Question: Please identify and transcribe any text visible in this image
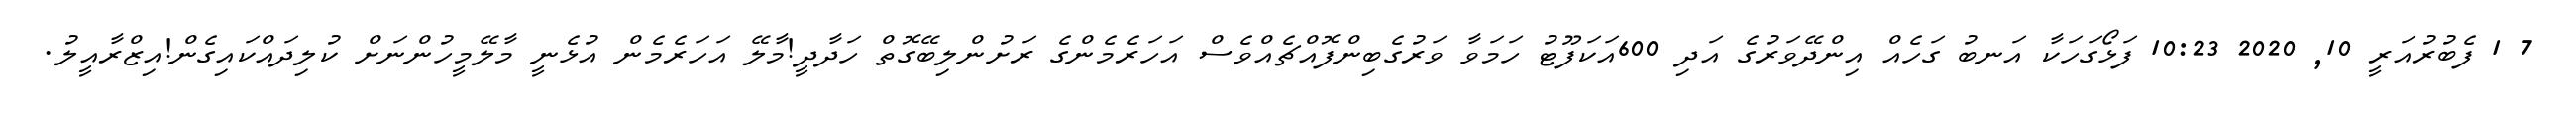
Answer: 7 1 ފެބުރުއަރީ 10, 2020 10:23 ފަޅޯގަހަކާ އަނބު ގަހެއް އިންދޭވަރުގެ އަދި 600އަކަފޫޓު ހަމަވާ ވަރުގެބިންފޮއްޗެއްވެސް އަހަރެމެންގެ ރަށުންލިބޭގޮތް ހަދާދީ!މާލޭ އަހަރެމެން އުޅެނީ މާލޭމީހުންނަށް ކުލިދައްކައިގެން!އިޒްރާއީލު.